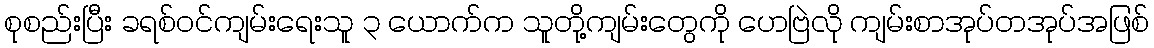
စုစည်းပြီး ခရစ်ဝင်ကျမ်းရေးသူ ၃ ယောက်က သူတို့ကျမ်းတွေကို ဟေဗြဲလို ကျမ်းစာအုပ်တအုပ်အဖြစ်